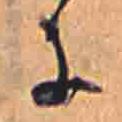
に